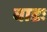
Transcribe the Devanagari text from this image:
बाडः